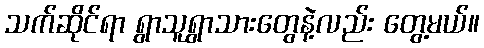
သက်ဆိုင်ရာ ရွာသူရွာသားတွေနဲ့လည်း တွေ့မယ်။